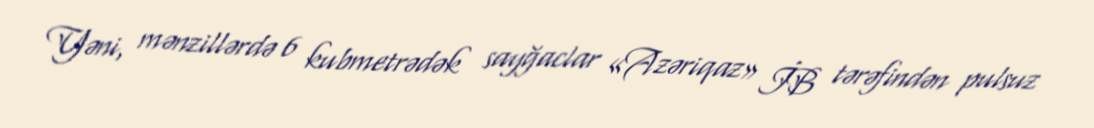
Yəni, mənzillərdə 6 kubmetrədək sayğaclar «Azəriqaz» İB tərəfindən pulsuz